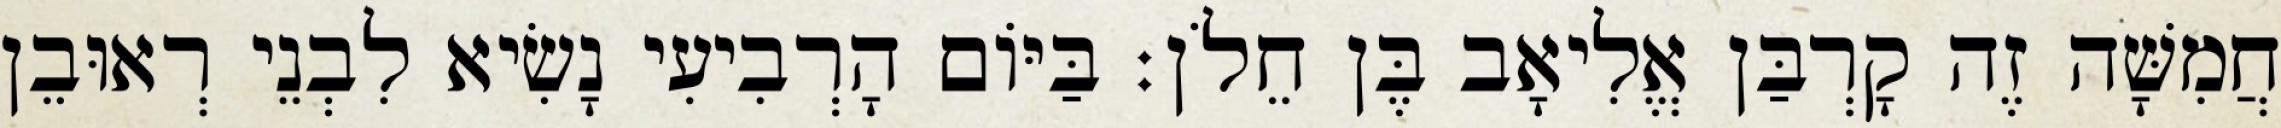
חֲמִשָּׁה זֶה קָרְבַּן אֱלִיאָב בֶּן חֵלֹן׃ בַּיּוֹם הָרְבִיעִי נָשִׂיא לִבְנֵי רְאוּבֵן